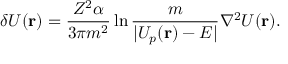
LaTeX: \delta U ( { \bf r } ) = \frac { Z ^ { 2 } \alpha } { 3 \pi m ^ { 2 } } \ln \frac { m } { | U _ { p } ( { \bf r } ) - E | } \nabla ^ { 2 } U ( { \bf r } ) .